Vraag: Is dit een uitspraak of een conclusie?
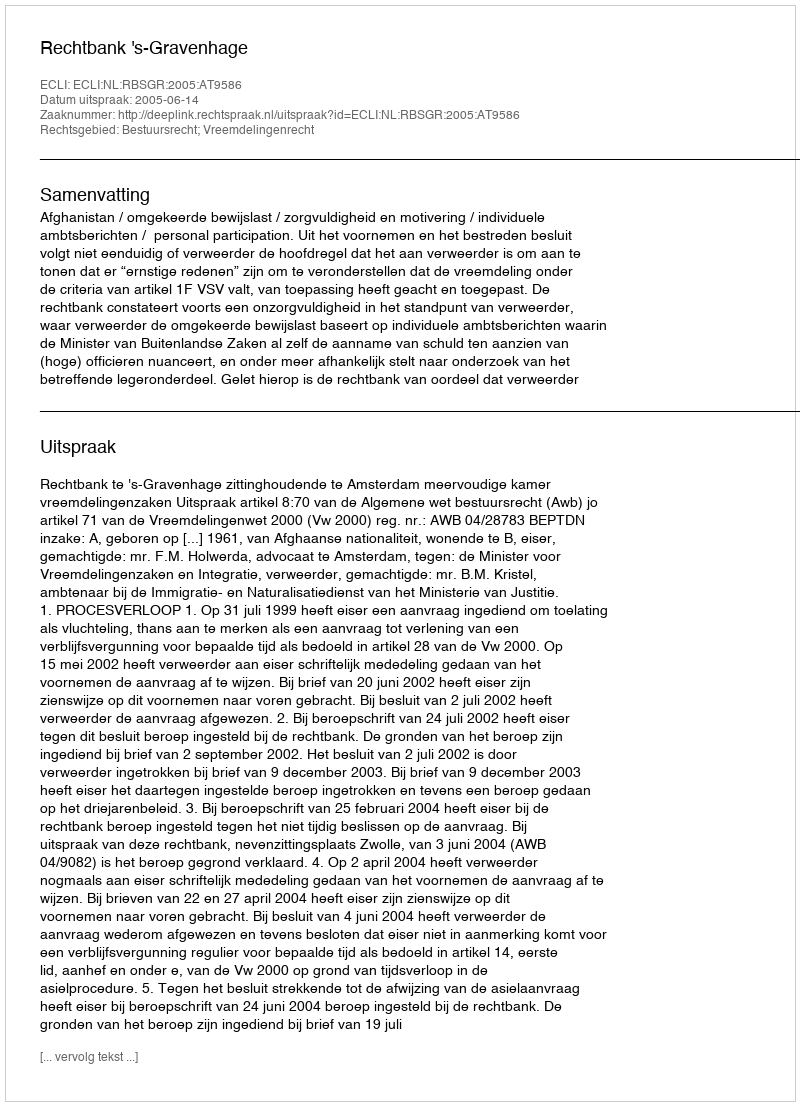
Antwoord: Uitspraak